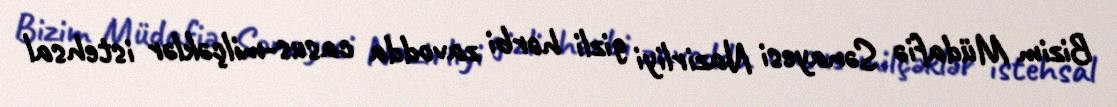
Bizim Müdafiə Sənayesi Nazirliyi gizli hərbi zavodda casus-milçəklər istehsal